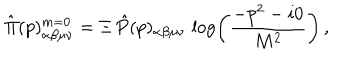
LaTeX: \hat { \Pi } ( p ) _ { \alpha \beta \mu \nu } ^ { m = 0 } = \Xi \, \hat { P } ( p ) _ { \alpha \beta \mu \nu } \, \log \left( \frac { - p ^ { 2 } - i 0 } { M ^ { 2 } } \right) \, ,